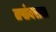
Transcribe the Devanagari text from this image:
तपांबरास